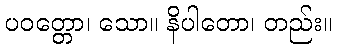
ပဝတ္တော၊ သော။ နိပါတော၊ တည်း။